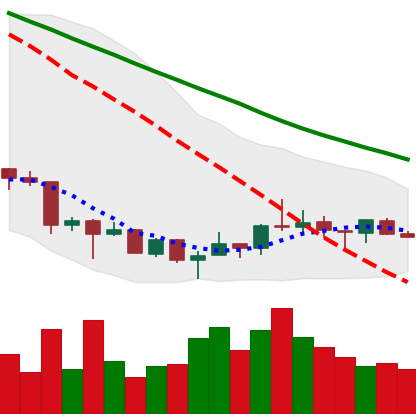
Ticker: XRP-USD
Chart end date: 2018-07-09
Forward return: -7.379%
Label: down_7plus